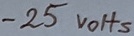
Text: -25VOHS